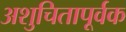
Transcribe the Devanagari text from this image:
अशुचितापूर्वक